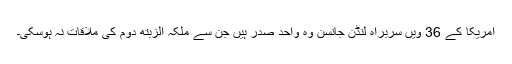
امریکا کے 36 ویں سربراہ لنڈن جانسن وہ واحد صدر ہیں جن سے ملکہ الزبتھ دوم کی ملاقات نہ ہوسکی۔